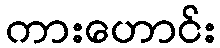
ကားဟောင်း